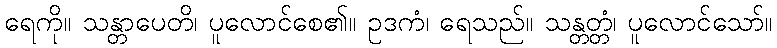
ရေကို။ သန္တာပေတိ၊ ပူလောင်စေ၏။ ဥဒကံ၊ ရေသည်။ သန္တတ္တံ၊ ပူလောင်သော်။